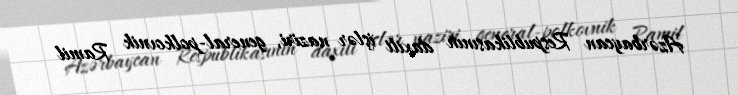
Azərbaycan Respublikasının daxili işlər naziri, general-polkovnik Ramil